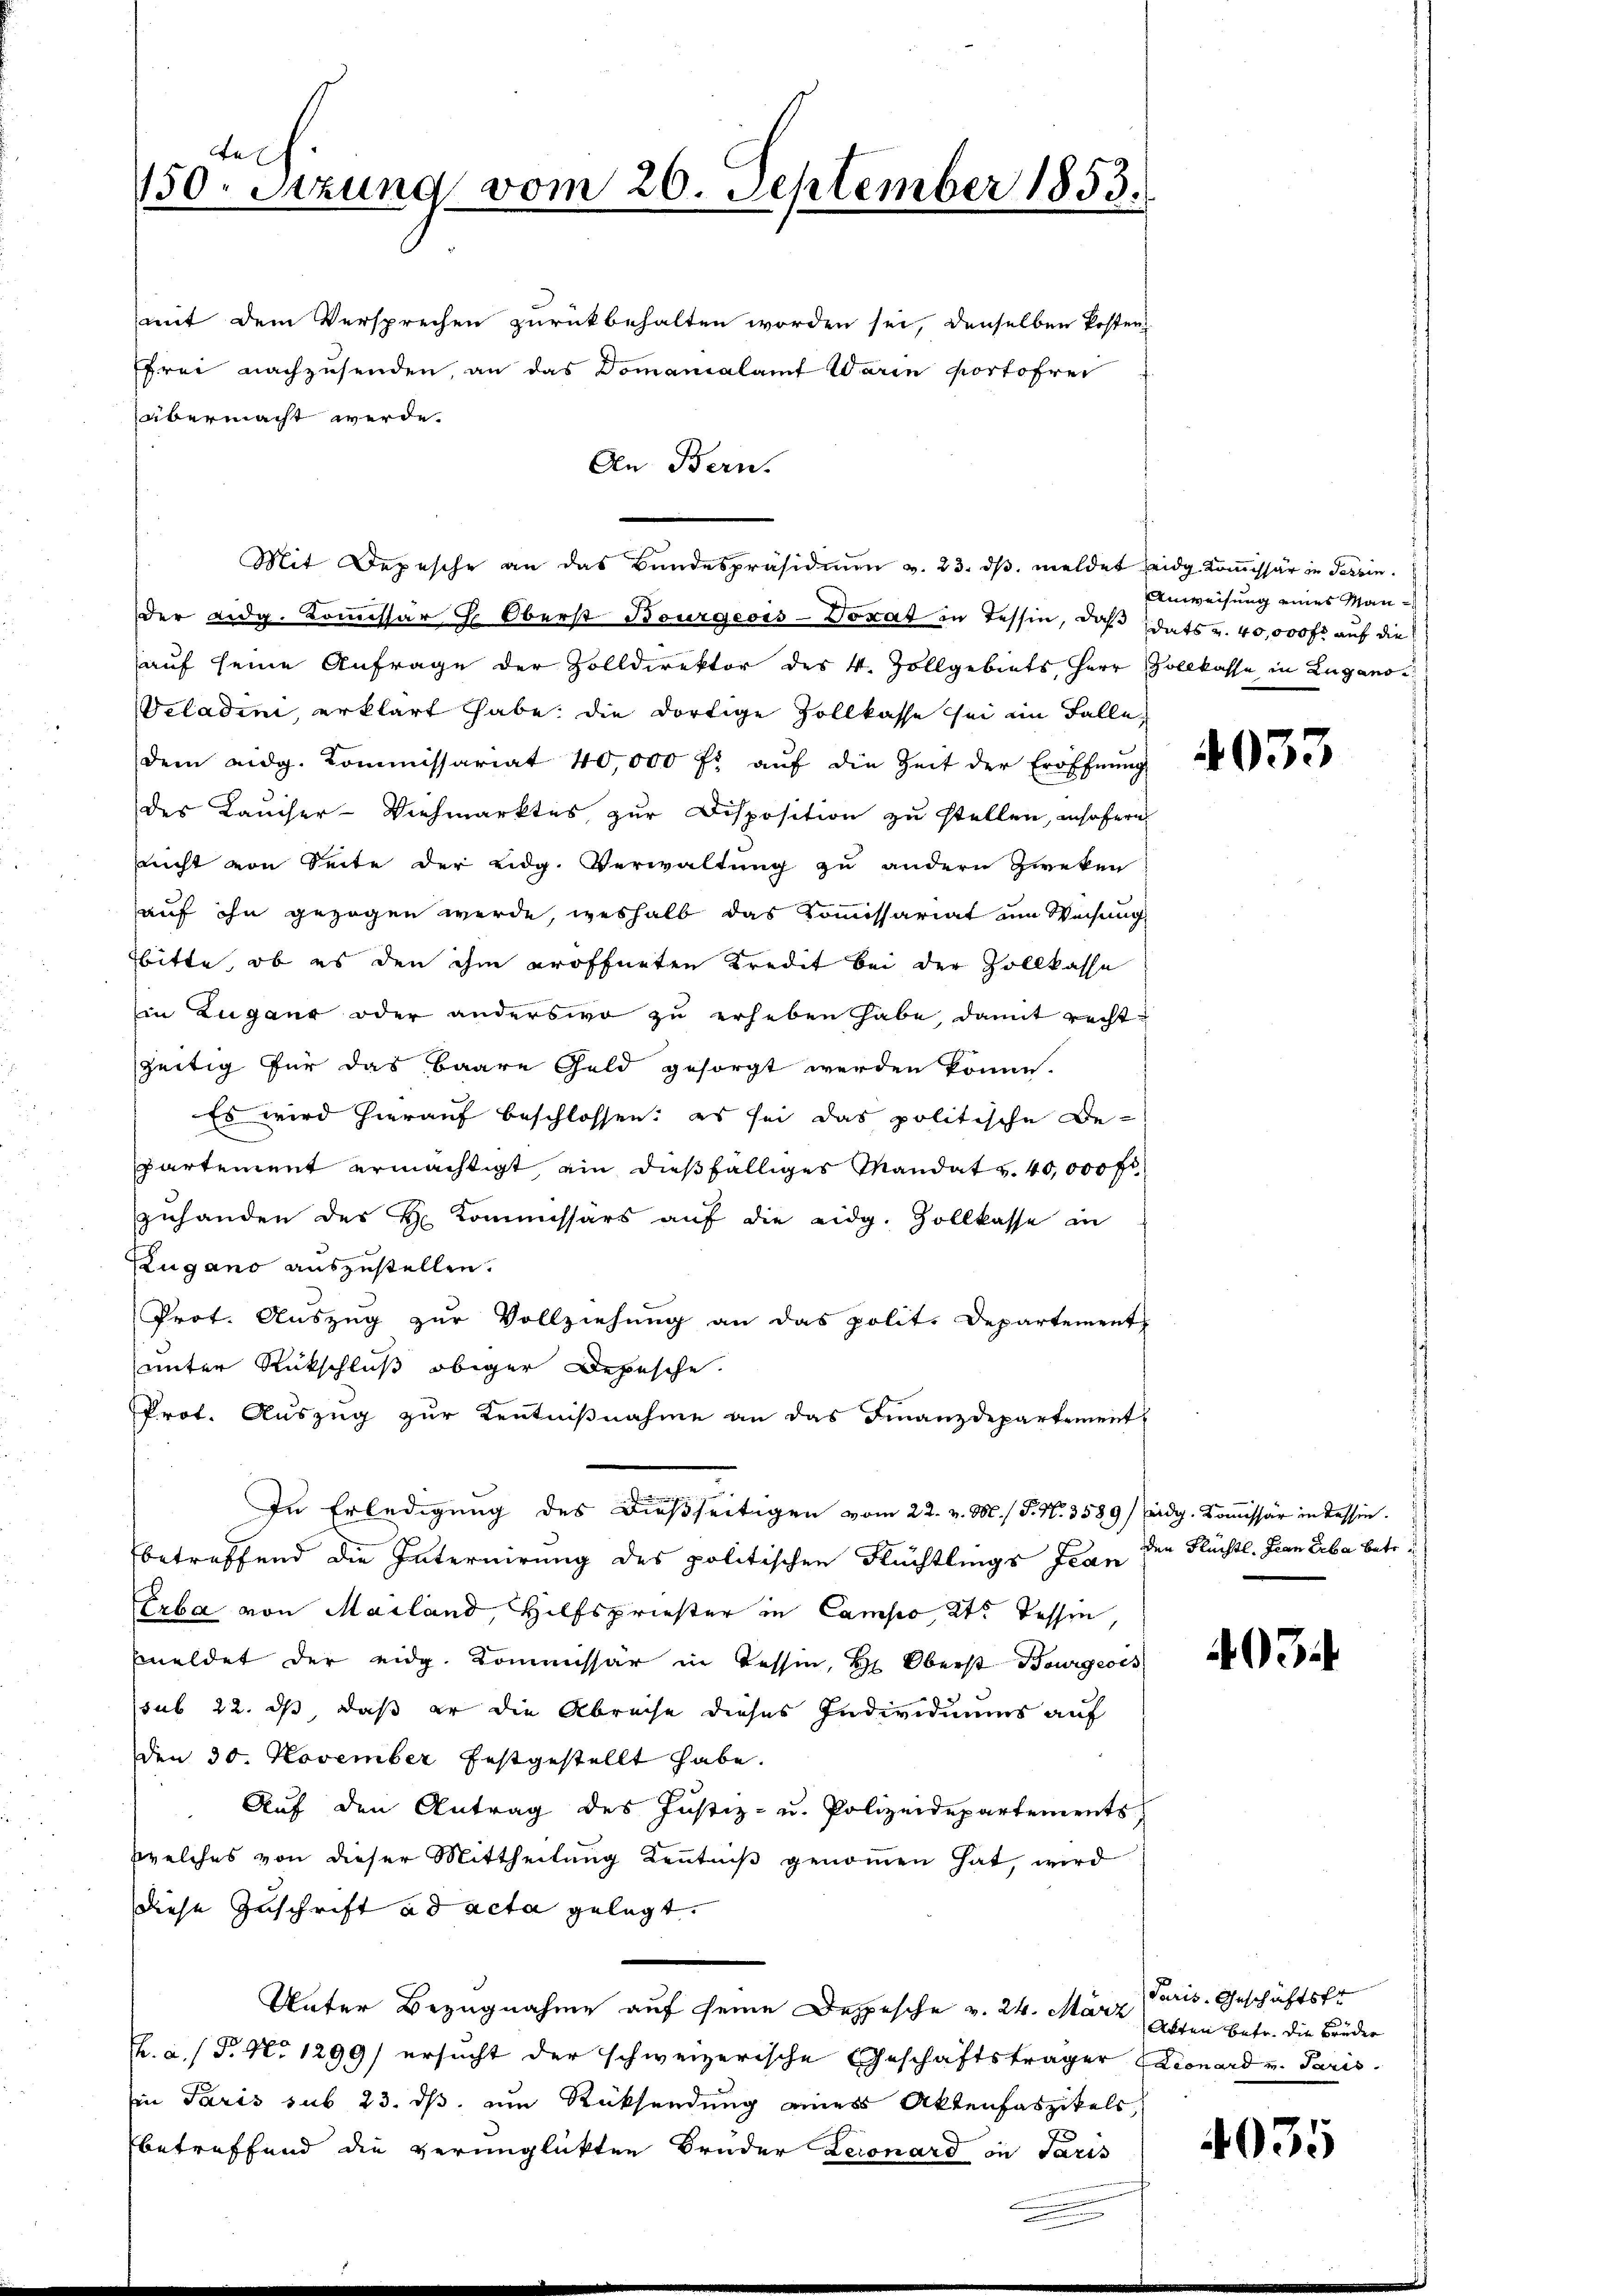
mit dem Versprechen zurückbehalten worden sei, denselben Poster
frei nachzusenden, an das Domanialamt Waren Portofrei
übermacht werde.
Der Eidg. Kommissär H. Oberst Bourgeois-Voxat in Tessin, daß Idats v. 40,000 fr auf die
auf seine Anfrage der Zolldirektor des V. Zollgebiets, Herr Zollkasse in Lugano
eladini, erklärt habe, die dortige Zollkasse sei im Falle
dem eidg. Kommissariat 40,000 fl aŭf die Zeit der Eröffnŭng
des Kaiser-Viehmarktes, zur Disposition zu stellen, insofern
nnicht von Seite der Eidg. Verwaltung zu andern Zweken
auf ihn gezogen werde, weshalb das Kommissariat am Weisung
bitte, ob es den ihm eröffneten Kredit bei der Zollkasse
in Zugano oder anderswo zu erheben habe, damit rechtzeitig für das baare Geld gesorgt werden könne.
Es wird hierauf beschlossen: es sei das politische Be-
partement ermächtigt, ein dießfälliges Mandat u. 40,000 fr
zuhanden der Hr. Kommissärs auf die eidg. Zollkasse in
Zugano auszustellen.
Prot. Auszug zur Vollziehung an das polit. Departement
unter Rückschluß obiger Depesche.
Prot. Auszug zur Kentnißnahme an das Finanzdepartement
In Erledigung des dießseitigen vom 22. v. M. / P. Nr. 3589/ Eidg. Kommissär in dessen.
betreffend die Internirung des politischen Flüchtlings Jean den Flüchtl. Fian Erbe betr.
Erba von Mailand, Hilfspriester in Campo, 2te dessen,
meldet der eidg. Kommissär in Tessin, Hr. Oberst Bourgeois
sub 22. ds, daß er die Abreise dieses Individuums auf
den 30. November festgestellt habe.
Auf den Antrag des Justiz- u. Polizeidepartements
welches von dieser Mittheilung Kenntniß genommen hat, wird
diese Zuschrift ad acta gelegt.
Unter Bezugnahme auf seine Depesche v. 24. März
F. a. f. P. No 1299) ersucht der schweizerische Geschäftsträger Lionard v. Paris
Ein Paris sub 23. ds. um Rücksendung eines Aktenfaszikels
betreffend die verunglückten Bruder Leonard in Paris

n
150. Sitzung vom 20. September 1853.

Mit Depesche an das Bundespräsidium v. 23. dβ meldet eidg. Kommissär in Tessin.

An Bern.

Anweisung eines Man¬

4033

403.

Paris Geschichtsfr
Akten Betr. die Brüder

4035